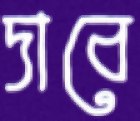
দাবে